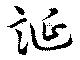
誕